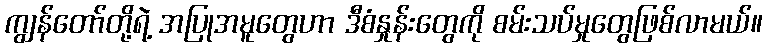
ကျွန်တော်တို့ရဲ့ အပြုအမူတွေဟာ ဒီစံနှုန်းတွေကို စမ်းသပ်မှုတွေဖြစ်လာမယ်။